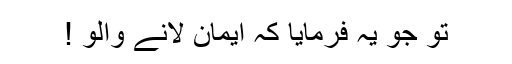
تو جو یہ فرمایا کہ ایمان لانے والو !